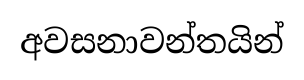
අවසනාවන්තයින්